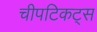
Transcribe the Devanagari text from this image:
चीपटिकट्स